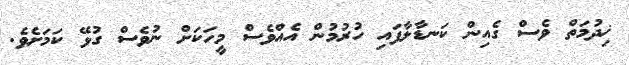
ޚިދުމަތް ވެސް ގެއިން ކަނޑާލާފައި ހުރުމުން އެއްވެސް މީހަކަށް ނުވެސް ގުޅޭ ކަމަށެވެ.